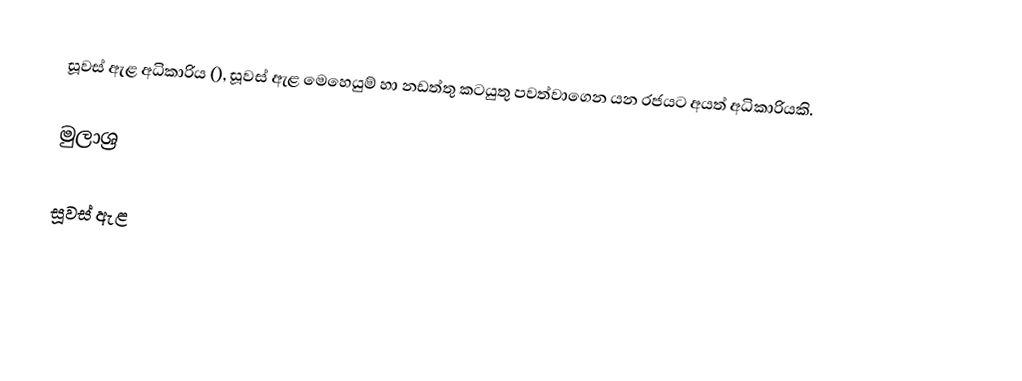
සූවස් ඇළ අධිකාරිය (), සූවස් ඇළ මෙහෙයුම් හා නඩත්තු කටයුතු පවත්වාගෙන යන රජයට අයත් අධිකාරියකි.

මුලාශ්‍ර

සූවස් ඇළ